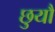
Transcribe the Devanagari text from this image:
छुयौ